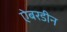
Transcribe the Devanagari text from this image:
ऐबरडीन